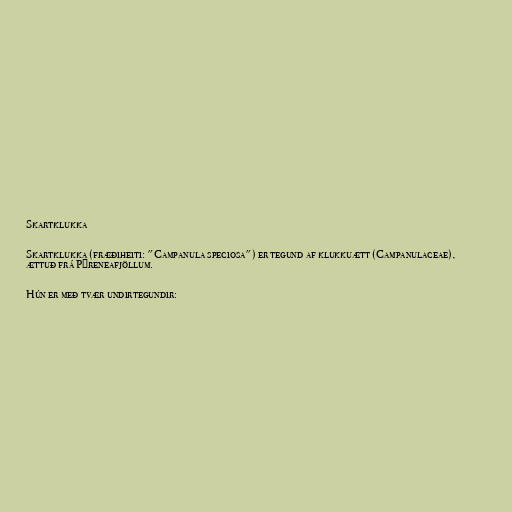
Skartklukka

Skartklukka (fræðiheiti: "Campanula speciosa") er tegund af klukkuætt (Campanulaceae),
ættuð frá Pýreneafjöllum.

Hún er með tvær undirtegundir: